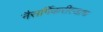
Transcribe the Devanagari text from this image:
नैसर्गिकरीत्याच